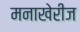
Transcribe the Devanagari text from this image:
मनाखेरीज